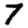
Digit: 7